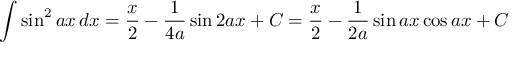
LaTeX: \int \sin ^ { 2 } { a x } \, d x = { \frac { x } { 2 } } - { \frac { 1 } { 4 a } } \sin 2 a x + C = { \frac { x } { 2 } } - { \frac { 1 } { 2 a } } \sin a x \cos a x + C